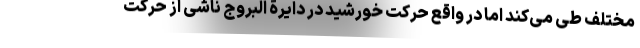
مختلف طی می‌کند اما در واقع حرکت خورشید در دایرة البروج ناشی از حرکت